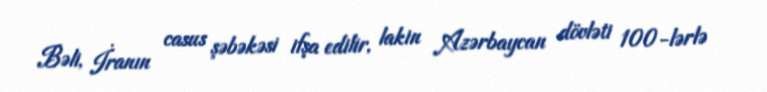
Bəli, İranın casus şəbəkəsi ifşa edilir, lakin Azərbaycan dövləti 100-lərlə